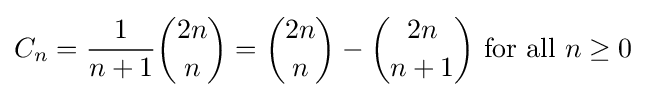
C_{n}={\frac {1}{n+1}}{2n \choose n}={2n \choose n}-{2n \choose n+1}{\text{ for all }}n\geq 0